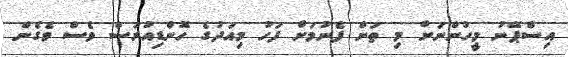
އިސްޕޭނު މީހުންނަށް މި ތަން ފެނުމަށް ފަހު މިއަދުގެ ހޮންޑިއުރަސް ވެސް ވެގެން